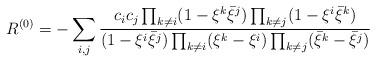
LaTeX: \begin{align*}R^{(0)}=-\sum_{i,j}\frac{c_ic_j\prod_{k\ne i}(1-\xi^k\bar{\xi}^j)\prod_{k\ne j}(1-\xi^i\bar{\xi}^k)}{(1-\xi^i\bar{\xi}^j)\prod_{k\ne i}(\xi^k-\xi^i)\prod_{k\ne j}(\bar{\xi}^k-\bar{\xi}^j)} \end{align*}